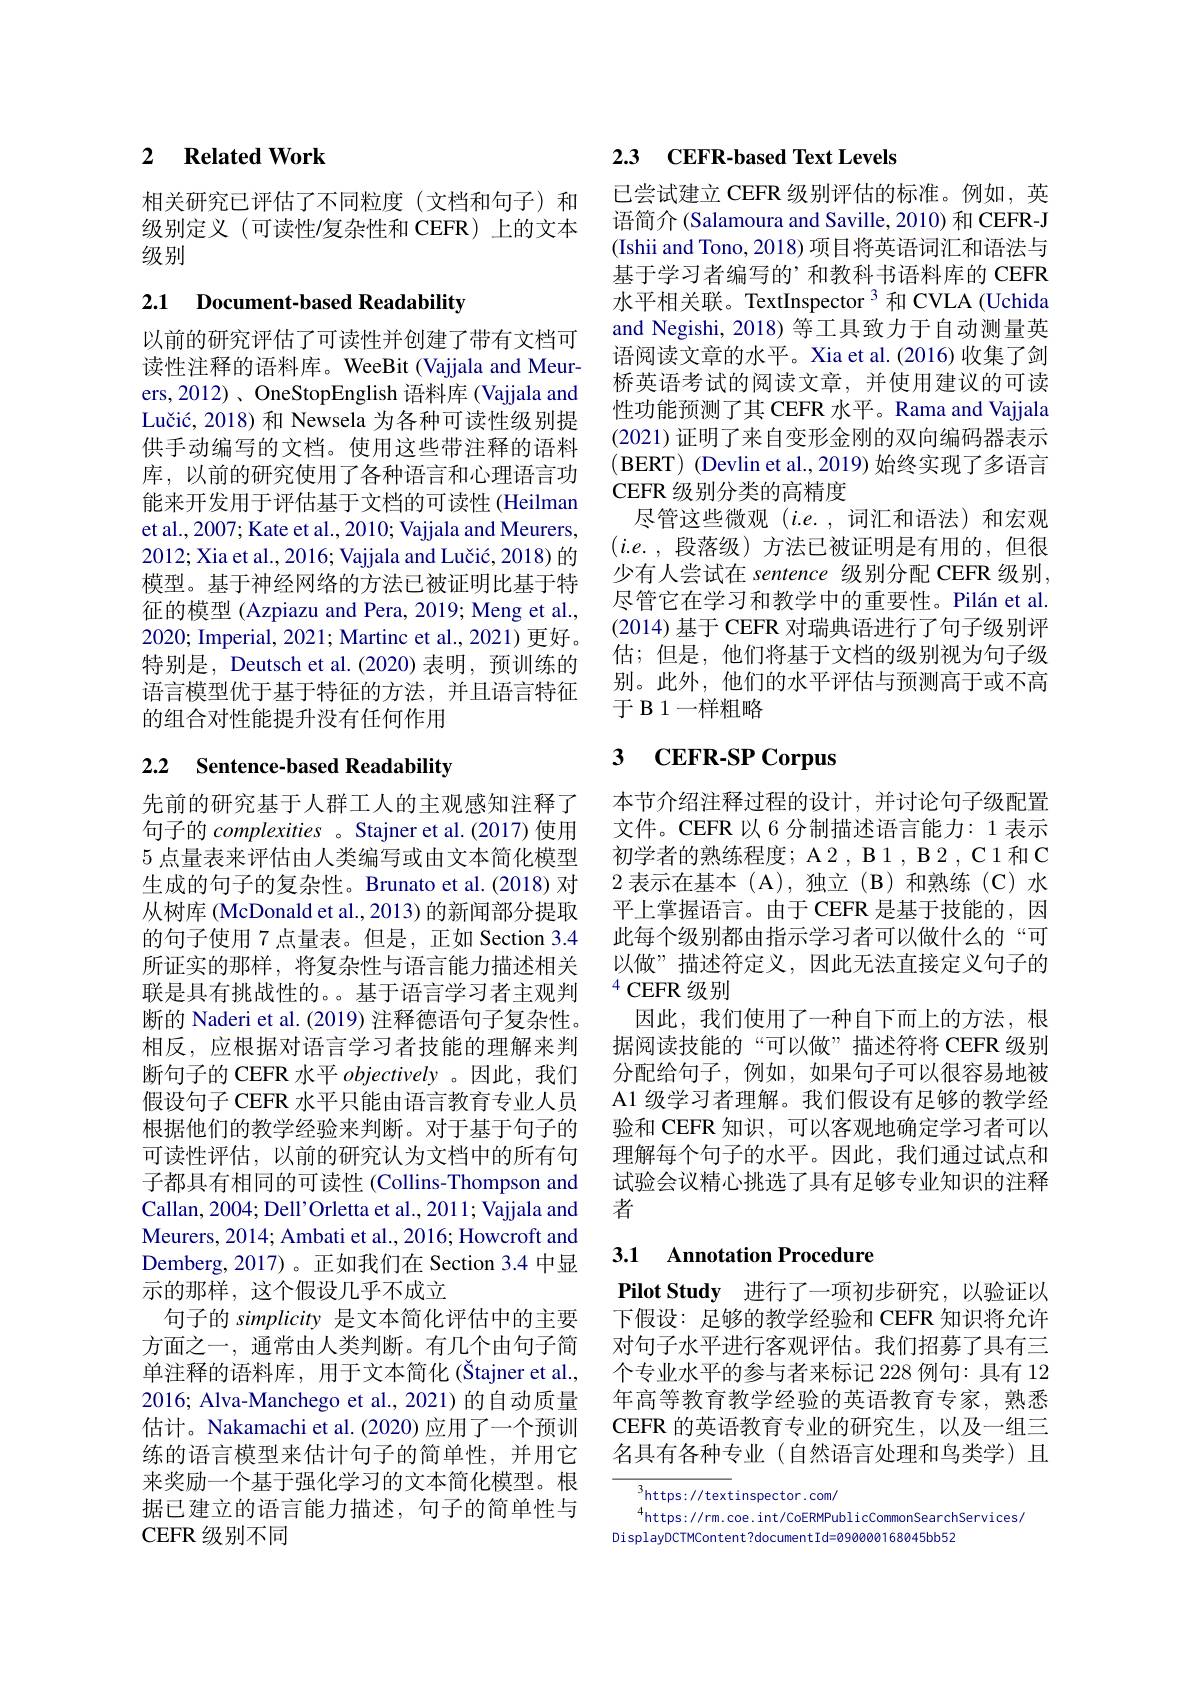
### 2 $\textbf{Related Work}$

相关研究已评估了不同粒度(文档和句子)和级别定义(可读性$\prime$复杂性和 CEFR)上的文本级别

## 2.1 Document-based Readability

以前的研究评估了可读性并创建了带有文档可读性注释的语料库。WeeBit (Vajjala and Meurers, 2012)、 OneStopEnglish 语料库 (Vajjala and Lučić, 2018) 和 Newsela 为各种可读性级别提供手动编写的文档。使用这些带注释的语料库，以前的研究使用了各种语言和心理语言功能来开发用于评估基于文档的可读性(Heilman et al., 2007; Kate et al., 2010; Vajjala and Meurers, 2012; Xia et al., 2016; Vajjala and Lučić, 2018) 的模型。基于神经网络的方法已被证明比基于特征的模型 (Azpiazu and Pera, 2019; Meng et al., 2020; Imperial, 2021; Martinc et al., 2021) 更好。特别是，Deutsch et al.(2020)表明，预训练的语言模型优于基于特征的方法，并且语言特征的组合对性能提升没有任何作用

# 2.2 Sentence-based Readability

先前的研究基于人群工人的主观感知注释了句子的 complexities 。Stajner et al.(2017) 使用5 点量表来评估由人类编写或由文本简化模型生成的句子的复杂性。Brunato et al.(2018) 对从树库 (McDonald et al., 2013) 的新闻部分提取的句子使用 7 点量表。但是，正如 Section 3.4所证实的那样，将复杂性与语言能力描述相关联是具有挑战性的。。基于语言学习者主观判断的 Naderi et al. (2019) 注释德语句子复杂性。相反，应根据对语言学习者技能的理解来判断句子的 CEFR 水平objectively。因此，我们假设句子 CEFR 水平只能由语言教育专业人员根据他们的教学经验来判断。对于基于句子的可读性评估，以前的研究认为文档中的所有句子都具有相同的可读性 (Collins-Thompson and Callan, 2004; Dell'Orletta et al., 2011; Vajjala and Meurers, 2014; Ambati et al., 2016; Howcroft and Demberg, 2017)。正如我们在 Section 3.4 中显示的那样，这个假设几乎不成立
句子的 simplicity 是文本简化评估中的主要方面之一，通常由人类判断。有几个由句子简单注释的语料库，用于文本简化 (Štajner et al., 2016; Alva-Manchego et al., 2021) 的自动质量估计。Nakamachi et al. (2020) 应用了一个预训练的语言模型来估计句子的简单性，并用它来奖励一个基于强化学习的文本简化模型。根据已建立的语言能力描述，句子的简单性与CEFR 级别不同

## 2.3 $\textbf{CEFR- based Text Levels}$

已尝试建立 CEFR 级别评估的标准。例如，英语简介 (Salamoura and Saville, 2010) 和 CEFR-J (Ishii and Tono, 2018) 项目将英语词汇和语法与基于学习者编写的’和教科书语料库的 CEFR 水平相关联。TextInspector 3 和 CVLA (Uchida and Negishi, 2018) 等工具致力于自动测量英语阅读文章的水平。Xia et al.(2016) 收集了剑桥英语考试的阅读文章，并使用建议的可读性功能预测了其 CEFR 水平。Rama and Vajjala (2021)证明了来自变形金刚的双向编码器表示(BERT) (Devlin et al., 2019) 始终实现了多语言CEFR级别分类的高精度
尽管这些微观(i.e.,词汇和语法)和宏观$(i.e.$,段落级)方法已被证明是有用的，但很少有人尝试在 sentence 级别分配 CEFR 级别， 尽管它在学习和教学中的重要性。Pilán et al. (2014) 基于 CEFR 对瑞典语进行了句子级别评估；但是，他们将基于文档的级别视为句子级别。此外，他们的水平评估与预测高于或不高于 B 1一样粗略

# 3 CEFR-SP Corpus

本节介绍注释过程的设计，并讨论句子级配置文件。CEFR 以 6 分制描述语言能力：1 表示初学者的熟练程度；A2 , B1 , B2 , C1 和 C 2表示在基本 (A),独立 (B)和熟练(C)水平上掌握语言。由于 CEFR 是基于技能的，因此每个级别都由指示学习者可以做什么的“可以做”描述符定义，因此无法直接定义句子的$^{4}$CEFR 级别
因此，我们使用了一种自下而上的方法，根据阅读技能的“可以做”描述符将 CEFR 级别分配给句子，例如，如果句子可以很容易地被A1 级学习者理解。我们假设有足够的教学经验和 CEFR 知识，可以客观地确定学习者可以理解每个句子的水平。因此，我们通过试点和试验会议精心挑选了具有足够专业知识的注释者

## 3.1 Annotation Procedure

$\textbf{Pilot Study 进 行 了 一 项 初 步 研 究 , 以 验 证 以 }$ 下假设：足够的教学经验和 CEFR 知识将允许对句子水平进行客观评估。我们招募了具有三个专业水平的参与者来标记 228 例句：具有 12年高等教育教学经验的英语教育专家，熟悉CEFR 的英语教育专业的研究生，以及一组三名具有各种专业(自然语言处理和鸟类学)且

$^3$https://textinspector.com/
$^{4}$https://rm.coe.int/CoERMPublicCommonSearchServices/
DisplayDCTMContent?documentId=090000168045bb52